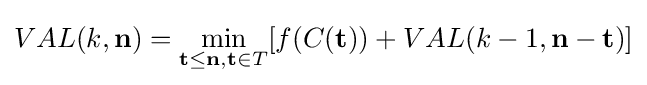
VAL(k,\mathbf {n} )=\min _{\mathbf {t} \leq \mathbf {n} ,\mathbf {t} \in T}[f(C(\mathbf {t} ))+VAL(k-1,\mathbf {n} -\mathbf {t} )]